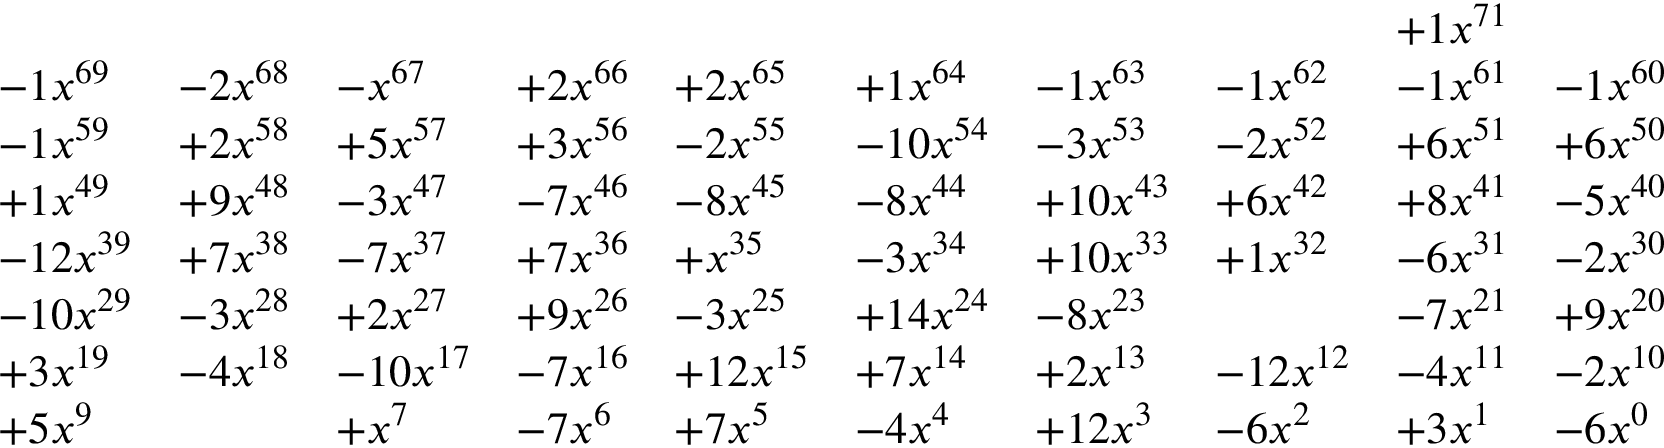
{ \begin{array} { l l l l l l l l l l } & & { \qquad } & & { \qquad } & & { \qquad } & & { + 1 x ^ { 7 1 } } & \\ { - 1 x ^ { 6 9 } } & { - 2 x ^ { 6 8 } } & { - x ^ { 6 7 } } & { + 2 x ^ { 6 6 } } & { + 2 x ^ { 6 5 } } & { + 1 x ^ { 6 4 } } & { - 1 x ^ { 6 3 } } & { - 1 x ^ { 6 2 } } & { - 1 x ^ { 6 1 } } & { - 1 x ^ { 6 0 } } \\ { - 1 x ^ { 5 9 } } & { + 2 x ^ { 5 8 } } & { + 5 x ^ { 5 7 } } & { + 3 x ^ { 5 6 } } & { - 2 x ^ { 5 5 } } & { - 1 0 x ^ { 5 4 } } & { - 3 x ^ { 5 3 } } & { - 2 x ^ { 5 2 } } & { + 6 x ^ { 5 1 } } & { + 6 x ^ { 5 0 } } \\ { + 1 x ^ { 4 9 } } & { + 9 x ^ { 4 8 } } & { - 3 x ^ { 4 7 } } & { - 7 x ^ { 4 6 } } & { - 8 x ^ { 4 5 } } & { - 8 x ^ { 4 4 } } & { + 1 0 x ^ { 4 3 } } & { + 6 x ^ { 4 2 } } & { + 8 x ^ { 4 1 } } & { - 5 x ^ { 4 0 } } \\ { - 1 2 x ^ { 3 9 } } & { + 7 x ^ { 3 8 } } & { - 7 x ^ { 3 7 } } & { + 7 x ^ { 3 6 } } & { + x ^ { 3 5 } } & { - 3 x ^ { 3 4 } } & { + 1 0 x ^ { 3 3 } } & { + 1 x ^ { 3 2 } } & { - 6 x ^ { 3 1 } } & { - 2 x ^ { 3 0 } } \\ { - 1 0 x ^ { 2 9 } } & { - 3 x ^ { 2 8 } } & { + 2 x ^ { 2 7 } } & { + 9 x ^ { 2 6 } } & { - 3 x ^ { 2 5 } } & { + 1 4 x ^ { 2 4 } } & { - 8 x ^ { 2 3 } } & & { - 7 x ^ { 2 1 } } & { + 9 x ^ { 2 0 } } \\ { + 3 x ^ { 1 9 } } & { - 4 x ^ { 1 8 } } & { - 1 0 x ^ { 1 7 } } & { - 7 x ^ { 1 6 } } & { + 1 2 x ^ { 1 5 } } & { + 7 x ^ { 1 4 } } & { + 2 x ^ { 1 3 } } & { - 1 2 x ^ { 1 2 } } & { - 4 x ^ { 1 1 } } & { - 2 x ^ { 1 0 } } \\ { + 5 x ^ { 9 } } & & { + x ^ { 7 } } & { - 7 x ^ { 6 } } & { + 7 x ^ { 5 } } & { - 4 x ^ { 4 } } & { + 1 2 x ^ { 3 } } & { - 6 x ^ { 2 } } & { + 3 x ^ { 1 } } & { - 6 x ^ { 0 } } \end{array} }